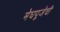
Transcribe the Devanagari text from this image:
मेघपूजेची